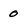
Character: 0